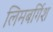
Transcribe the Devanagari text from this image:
लिमबर्गिश